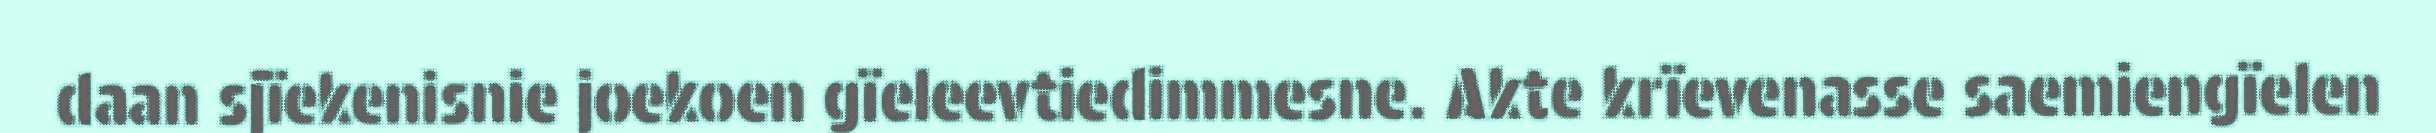
daan sjïekenisnie joekoen gïeleevtiedimmesne. Akte krïevenasse saemiengïelen